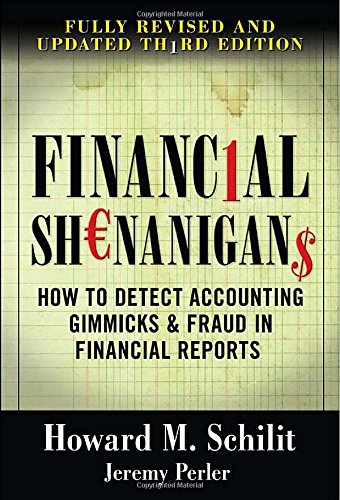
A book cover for Financial Shenanigans: How to Detect Accounting Gimmicks & Fraud in Financial Reports, 3rd Edition; Howard Schilit; Business & Money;